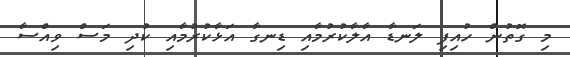
މި ގޮތުން ހުއިފި ލަނޑާ އާލާކުރުމާއި ޑިނގާ އަޅާކުރުމާއި ކުދި މަސް ވިއްސާ